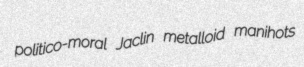
politico-moral Jaclin metalloid manihots